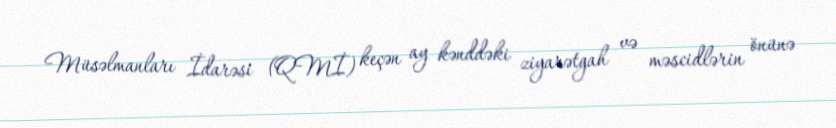
Müsəlmanları İdarəsi (QMİ) keçən ay kənddəki ziyarətgah və məscidlərin önünə